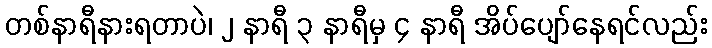
တစ်နာရီနားရတာပဲ၊ ၂ နာရီ ၃ နာရီမှ ၄ နာရီ အိပ်ပျော်နေရင်လည်း